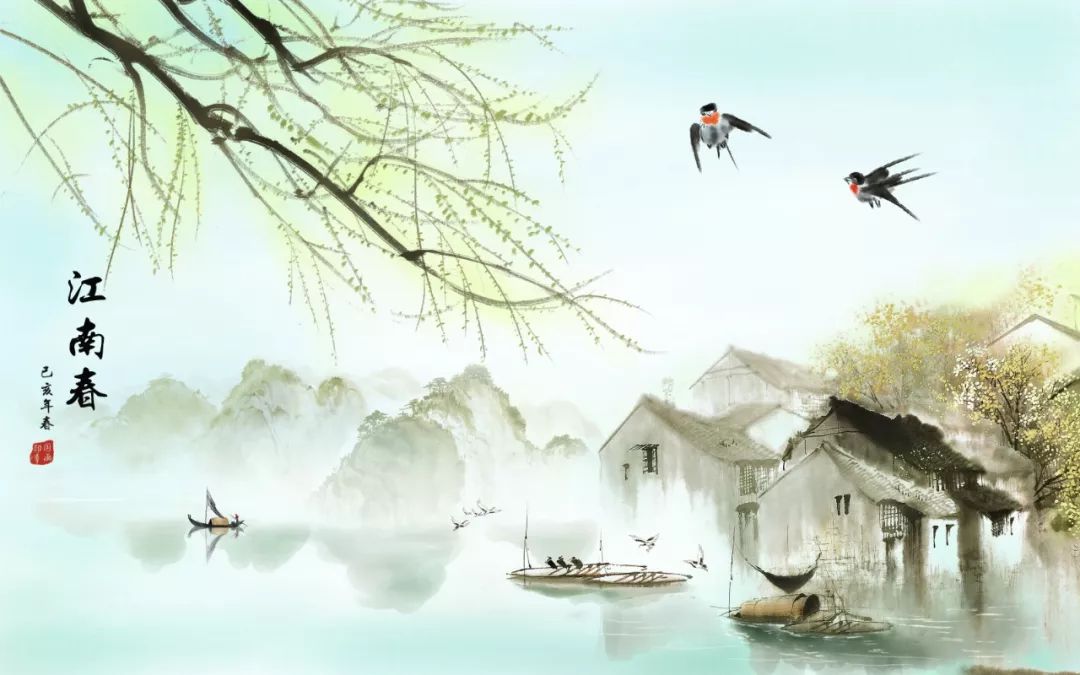
笙歌散尽游人去，始觉春空。